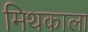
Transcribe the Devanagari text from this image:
मिथकाला